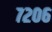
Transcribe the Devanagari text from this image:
७२०६